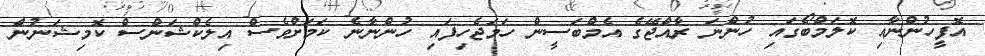
އޮފީހުންނާއި ކޮލަމްބޯގައި ހުންނަ ރާއްޖޭގެ އެމްބަސީން ހަމަޖެހިފައި ހުންނާނެ ކަމަށްވެސް އިލެކްޝަންސް ކޮމިޝަނުން